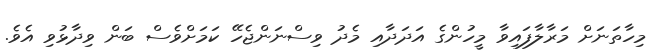
މިހާތަނަށް މަރާލާފައިވާ މީހުންގެ އަދަދާއި މެދު ވިސްނަންޖެހޭ ކަމަށްވެސް ބަން ވިދާޅުވި އެވެ.